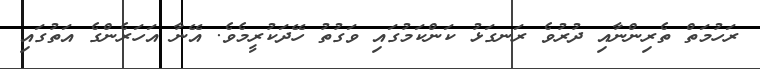
ރަހުމަތް ތެރިންނާއި ދުރުވެ ރަނގަޅު ކަންކަމުގައި ވަގުތު ހޭދަކުރީމެވެ. އޭނާ އަހަރެންގެ އަތުގައި